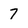
Character: 7